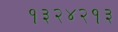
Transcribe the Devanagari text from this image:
१३२४२१३